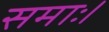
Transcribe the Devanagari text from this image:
समाः।